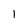
Character: I